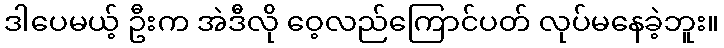
ဒါပေမယ့် ဦးက အဲဒီလို ဝေ့လည်ကြောင်ပတ် လုပ်မနေခဲ့ဘူး။